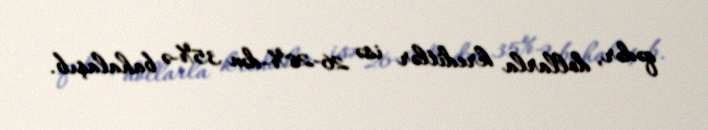
qədər, dollarla kreditlər isə 26-28%-dən 35%-ə bahalaşıb.